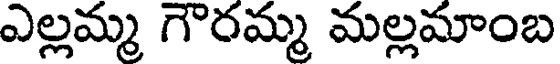
ఎల్లమ్మ గౌరమ్మ మల్లమాంబ